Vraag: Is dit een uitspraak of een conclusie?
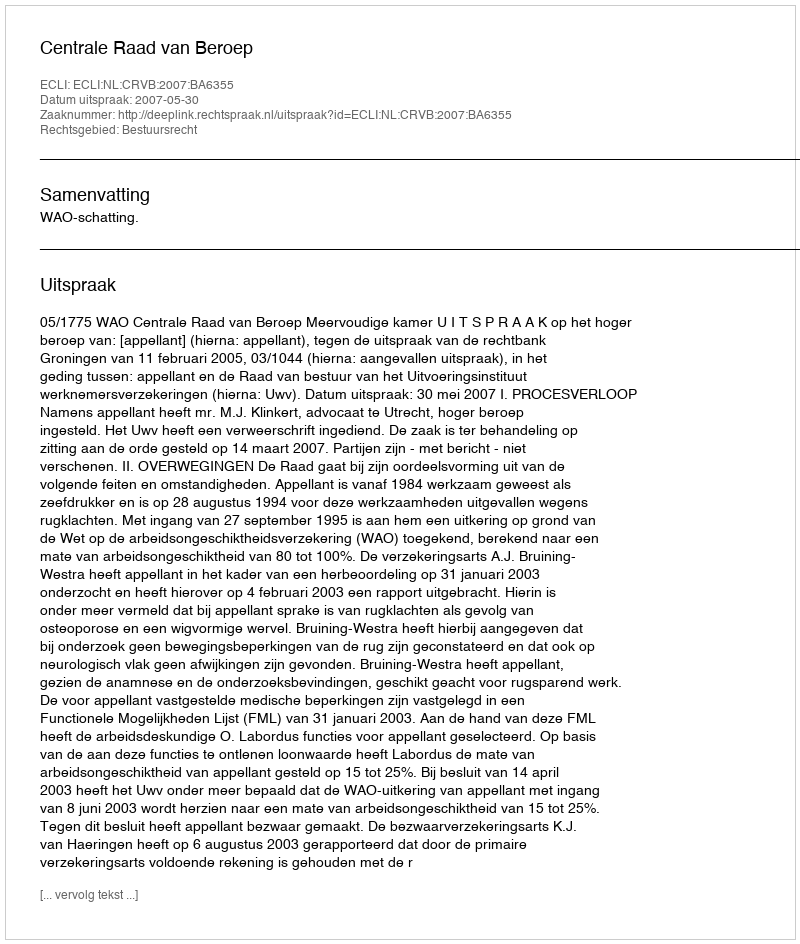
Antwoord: Uitspraak